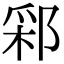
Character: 䣋